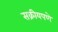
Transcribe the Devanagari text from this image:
सक्रीयपणे